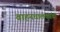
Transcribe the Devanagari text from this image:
वाहनचालकांचा